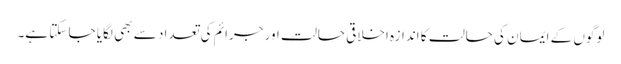
لوگوں کے ایمان کی حالت کا اندازہ اخلاقی حالت اور جرائم کی تعداد سے بھی لگایا جا سکتا ہے۔